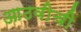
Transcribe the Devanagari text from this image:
आठवीची